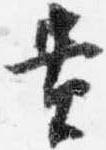
貴